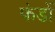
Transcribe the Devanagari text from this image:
फंडोँ